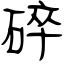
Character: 碎